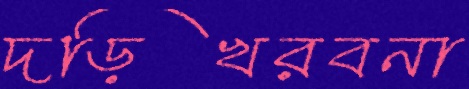
দড়িখরবনা